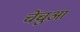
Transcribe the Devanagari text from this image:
चेंचुआ